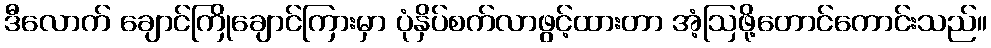
ဒီလောက် ချောင်ကြိုချောင်ကြားမှာ ပုံနှိပ်စက်လာဖွင့်ထားတာ အံ့ဩဖို့တောင်ကောင်းသည်။